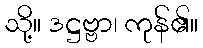
သို့။ ဒဋ္ဌဗ္ဗာ၊ ကုန်၏။